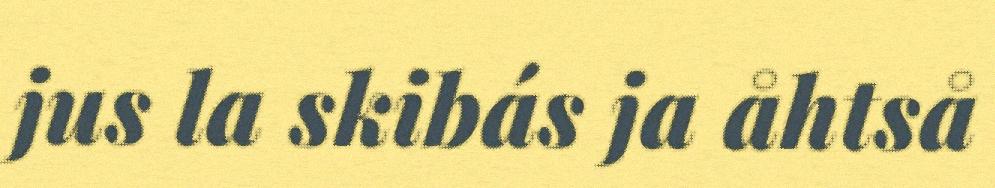
jus la skibás ja åhtså